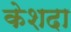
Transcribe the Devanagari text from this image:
केशदा